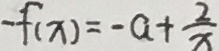
- f ( x ) = - a + \frac { 2 } { x }